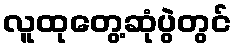
လူထုတွေ့ဆုံပွဲတွင်